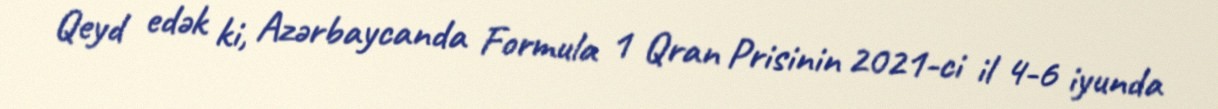
Qeyd edək ki, Azərbaycanda Formula 1 Qran Prisinin 2021-ci il 4-6 iyunda